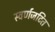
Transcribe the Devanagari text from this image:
स्वर्णजटित